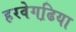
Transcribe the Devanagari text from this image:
हरवेगढि़या